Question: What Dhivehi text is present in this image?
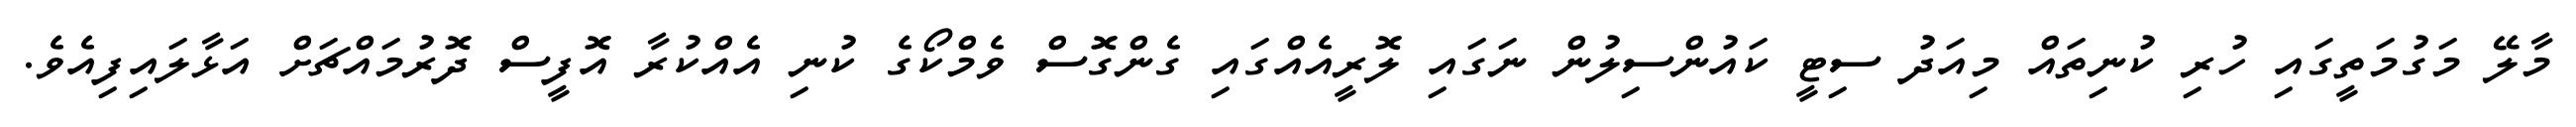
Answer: މާލޭ މަގުމަތީގައި ހުރި ކުނިތައް މިއަދު ސިޓީ ކައުންސިލުން ނަގައި ލޮރީއެއްގައި ގެންގޮސް ވެމްކޯގެ ކުނި އެއްކުރާ އޮފީސް ދޮރުމައްޗަށް އަޅާލައިފިއެވެ.